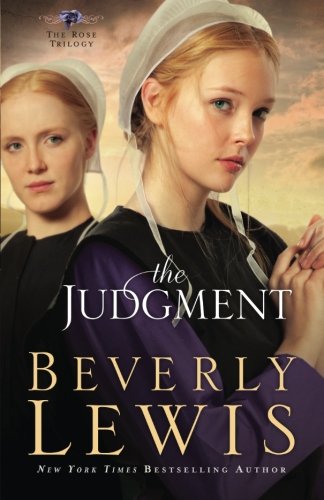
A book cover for The Judgment (The Rose Trilogy, Book 2) (Volume 2); Beverly Lewis; Christian Books & Bibles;